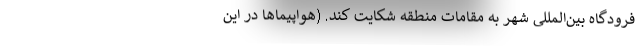
فرودگاه بین‌المللی شهر به مقامات منطقه شکایت کند. (هواپیماها در این